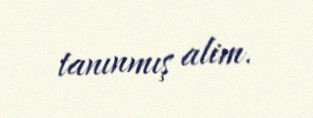
tanınmış alim.